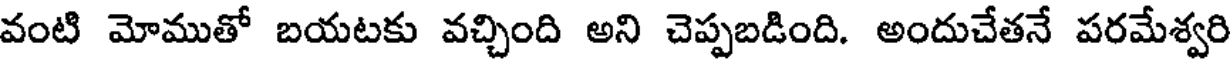
వంటి మోముతో బయటకు వచ్చింది అని చెప్పబడింది. అందుచేతనే పరమేశ్వరి